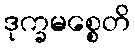
ဒုက္ခမစ္စေတိ